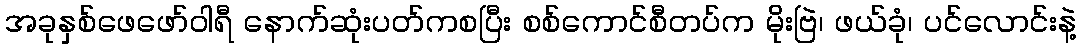
အခုနှစ်ဖေဖော်ဝါရီ နောက်ဆုံးပတ်ကစပြီး စစ်ကောင်စီတပ်က မိုးဗြဲ၊ ဖယ်ခုံ၊ ပင်လောင်းနဲ့